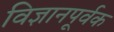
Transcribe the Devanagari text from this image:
विज्ञानपूर्वक